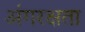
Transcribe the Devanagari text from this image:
अंगरक्षता